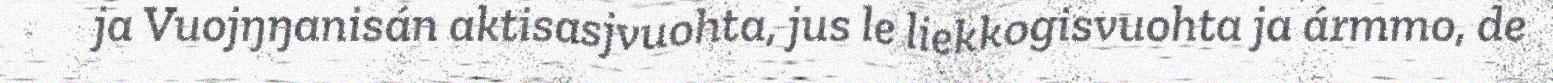
ja Vuojŋŋanisán aktisasjvuohta, jus le liekkogisvuohta ja ármmo, de